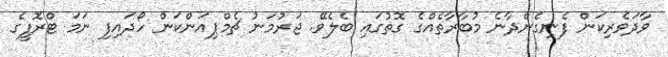
ވާދަވެރިކަން ފެނިގެންދާނެ މުބާރާތެއްގެ ގޮތުގައި ބެލެވޭ. ޖަރުމަނު ޗެމްޕިއަންކަން ހޯދައިފި ނަމަ ޓްރޮފީގެ